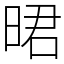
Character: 𣇉